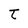
Character: t